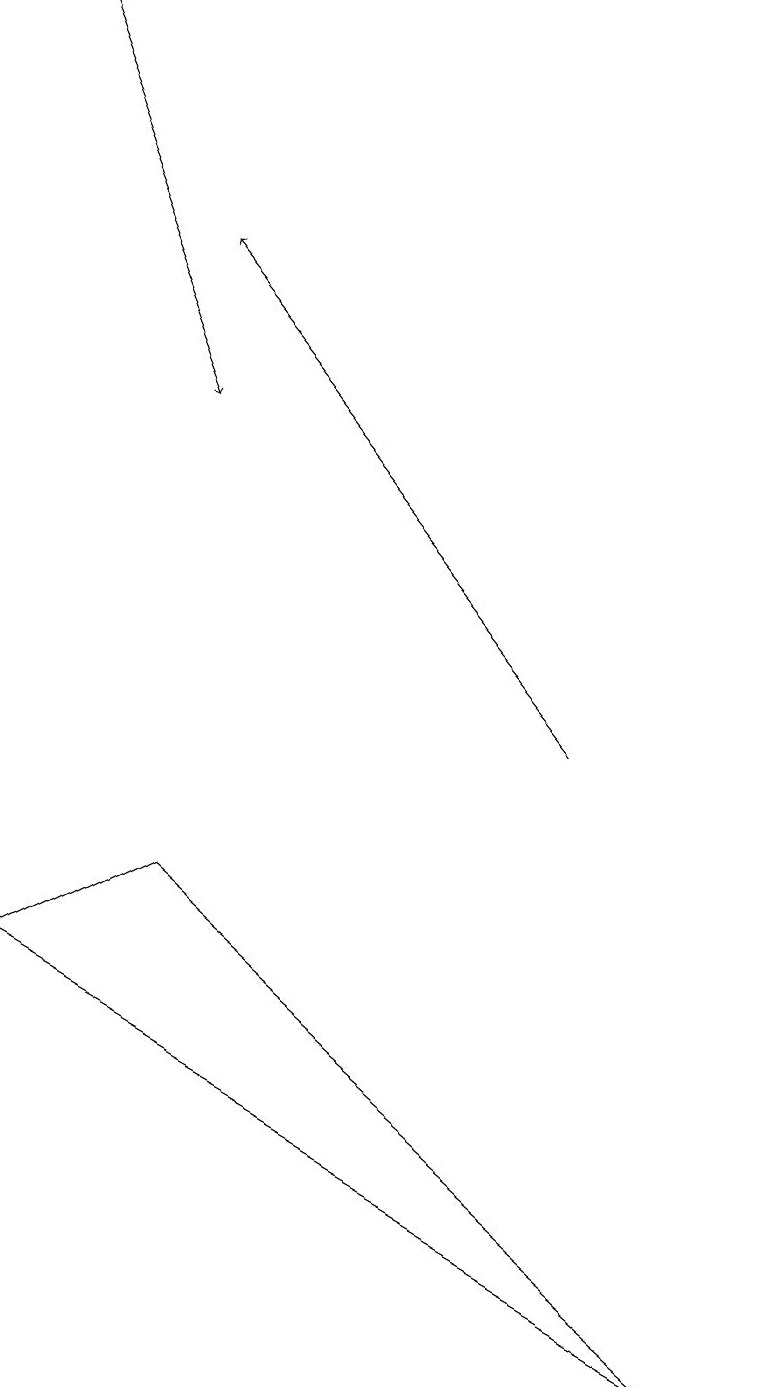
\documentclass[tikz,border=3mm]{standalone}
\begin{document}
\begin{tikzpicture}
\draw[->] (7,10) -- (2,16);
\draw (9,2) -- (0,7) -- (2,8) -- cycle;
\draw[->] (0,19) -- (2,14);
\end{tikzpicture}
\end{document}